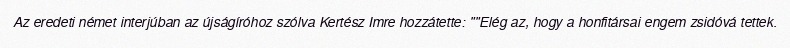
Az eredeti német interjúban az újságíróhoz szólva Kertész Imre hozzátette: ""Elég az, hogy a honfitársai engem zsidóvá tettek.